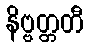
နိဗ္ဗတ္တတီ